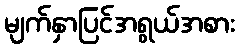
မျက်နှာပြင်အရွယ်အစား